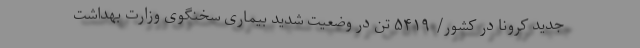
جدید کرونا در کشور/ ۵۴۱۹ تن در وضعیت شدید بیماری سخنگوی وزارت بهداشت